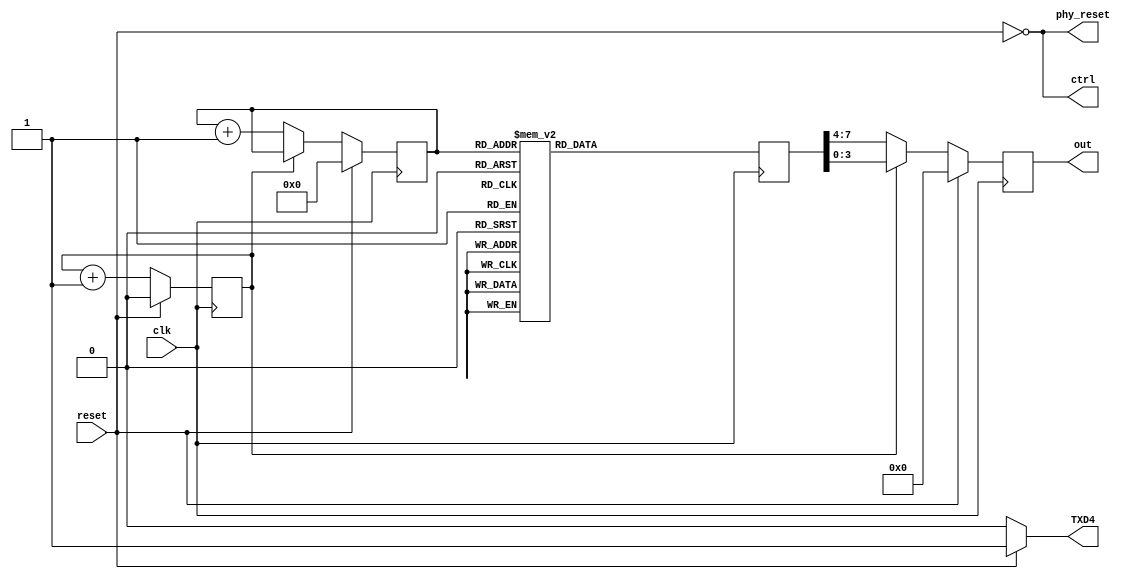
module TENBASET_TxD(reset, clk,out,ctrl, phy_reset,TXD4);

input clk, reset;

output reg [3:0] out;
output ctrl;
output phy_reset;
output TXD4;

// IP source
parameter IPsource_1 = 192;
parameter IPsource_2 = 168;
parameter IPsource_3 = 0;
parameter IPsource_4 = 44;

// IP destination
parameter IPdestination_1 = 192;
parameter IPdestination_2 = 168;
parameter IPdestination_3 = 157;
parameter IPdestination_4 = 1;

// MAC Address
parameter PhysicalAddress_1 = 8'h80;
parameter PhysicalAddress_2 = 8'h86;
parameter PhysicalAddress_3 = 8'hF2;
parameter PhysicalAddress_4 = 8'h3E;
parameter PhysicalAddress_5 = 8'h6A;
parameter PhysicalAddress_6 = 8'hD9; 

//////////////////////////////////////////////////////////////////////

// UDP packet, 18 bytes payload

// IP Checksum, unsure if this is correct
parameter IPchecksum1 = 32'h0000C53F + (IPsource_1<<8)+IPsource_2+(IPsource_3<<8)+IPsource_4+
                                                                (IPdestination_1<<8)+IPdestination_2+(IPdestination_3<<8)+(IPdestination_4);
parameter IPchecksum2 =  ((IPchecksum1&32'h0000FFFF)+(IPchecksum1>>16));
parameter IPchecksum3 = ~((IPchecksum2&32'h0000FFFF)+(IPchecksum2>>16));

reg [6:0] lut_count;
reg [7:0] data_byte;
reg mod_counter;

always @(posedge clk) 
case(lut_count)
// Ethernet preamble
  7'h00: data_byte <= 8'h55;	
  7'h01: data_byte <= 8'h55;
  7'h02: data_byte <= 8'h55;
  7'h03: data_byte <= 8'h55;
  7'h04: data_byte <= 8'h55;
  7'h05: data_byte <= 8'h55;
  7'h06: data_byte <= 8'h55;
  7'h07: data_byte <= 8'hD5;
// Ethernet header
  7'h08: data_byte <= PhysicalAddress_1;
  7'h09: data_byte <= PhysicalAddress_2;
  7'h0A: data_byte <= PhysicalAddress_3;
  7'h0B: data_byte <= PhysicalAddress_4;
  7'h0C: data_byte <= PhysicalAddress_5;
  7'h0D: data_byte <= PhysicalAddress_6;
  7'h0E: data_byte <= 8'h00;
  7'h0F: data_byte <= 8'h12;
  7'h10: data_byte <= 8'h34;
  7'h11: data_byte <= 8'h56;
  7'h12: data_byte <= 8'h78;
  7'h13: data_byte <= 8'h90;
// IP header
  7'h14: data_byte <= 8'h08;
  7'h15: data_byte <= 8'h00;
  7'h16: data_byte <= 8'h45;
  7'h17: data_byte <= 8'h00;
  7'h18: data_byte <= 8'h00;
  7'h19: data_byte <= 8'h2E;
  7'h1A: data_byte <= 8'hB3;
  7'h1B: data_byte <= 8'hFE;
  7'h1C: data_byte <= 8'h00;
  7'h1D: data_byte <= 8'h00;
  7'h1E: data_byte <= 8'h80;
  7'h1F: data_byte <= 8'h11;
  7'h20: data_byte <= 8'h68;//IPchecksum3[15:8];
  7'h21: data_byte <= 8'h42;//IPchecksum3[ 7:0];
  7'h22: data_byte <= IPsource_1;
  7'h23: data_byte <= IPsource_2;
  7'h24: data_byte <= IPsource_3;
  7'h25: data_byte <= IPsource_4;
  7'h26: data_byte <= IPdestination_1;
  7'h27: data_byte <= IPdestination_2;
  7'h28: data_byte <= IPdestination_3;
  7'h29: data_byte <= IPdestination_4;
// UDP header
  7'h2A: data_byte <= 8'h04;
  7'h2B: data_byte <= 8'h00;
  7'h2C: data_byte <= 8'h04;
  7'h2D: data_byte <= 8'h00;
  7'h2E: data_byte <= 8'h00;
  7'h2F: data_byte <= 8'h1A;
  7'h30: data_byte <= 8'h90;
  7'h31: data_byte <= 8'hEA;
// payload
  7'h32: data_byte <= 8'h00;	// send this
  7'h33: data_byte <= 8'h01;	// send this
  7'h34: data_byte <= 8'h02;	// send this
  7'h35: data_byte <= 8'h03;	// send this
  7'h36: data_byte <= 8'h04;	// send this
  7'h37: data_byte <= 8'h05;	// send this
  7'h38: data_byte <= 8'h06;	// send this
  7'h39: data_byte <= 8'h07;	// send this
  7'h3A: data_byte <= 8'h08;	// send this
  7'h3B: data_byte <= 8'h09;	// send this
  7'h3C: data_byte <= 8'h0A;	// send this
  7'h3D: data_byte <= 8'h0B;	// send this
  7'h3E: data_byte <= 8'h0C;	// send this
  7'h3F: data_byte <= 8'h0D;	// send this
  7'h40: data_byte <= 8'h0E;	// send this
  7'h41: data_byte <= 8'h0F;	// send this
  7'h42: data_byte <= 8'h10;	// send this
  7'h43: data_byte <= 8'h11;	// send this
  //CRC calc hardcoded
  7'h44: data_byte <= 8'hAF;
  7'h45: data_byte <= 8'h8C;
  7'h46: data_byte <= 8'h3F;
  7'h47: data_byte <= 8'h0A;

  default: data_byte <= 8'h00;
endcase
//////////////////////////////////////////////////////////////////////

always @(posedge clk)begin
  
  if (reset) begin
    lut_count <= 0;
	 mod_counter <= 0;
	 out     <= 4'b0;
  end
  else begin //posedge
    if (mod_counter ==0) begin
	   mod_counter <= mod_counter+1'b1;
      lut_count <= lut_count+1'b1;
      out     <= data_byte[7:4];
    end
	 else if (mod_counter == 60) begin
		lut_count <= 0;
		mod_counter <= 0;
		out     <= 4'b0;
	 end
    else begin
	   mod_counter <= mod_counter+1'b1;
      out     <= data_byte[3:0];
	 end
  end
end
assign ctrl = !reset;
assign phy_reset= !reset;
assign TXD4 = (!reset)?0:1;

//////////////////////////////////////////////////////////////////////

endmodule